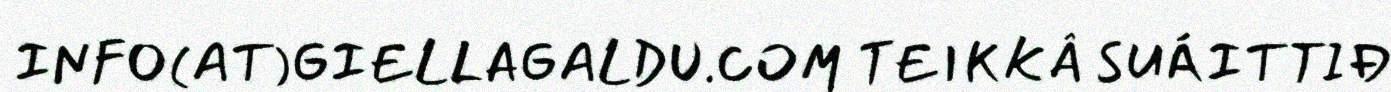
INFO(AT)GIELLAGALDU.COM TEIKKÂ SUÁITTIĐ